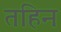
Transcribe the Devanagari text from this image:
तहिन